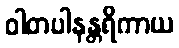
ဝါတပါနန္တရိကာယ